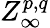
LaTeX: Z_{\infty}^{p,q}